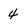
Character: 4